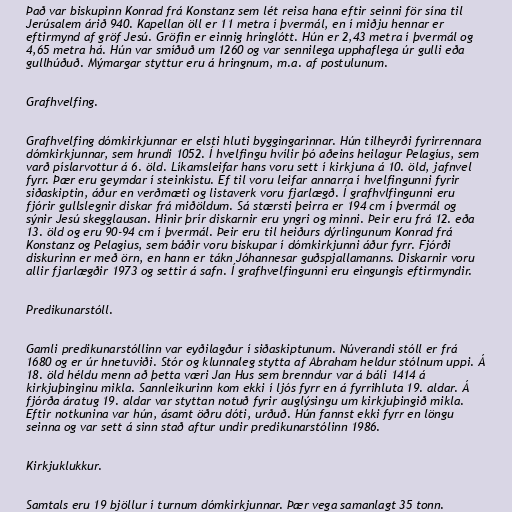
Það var biskupinn Konrad frá Konstanz sem lét reisa hana eftir seinni för sína til
Jerúsalem árið 940. Kapellan öll er 11 metra í þvermál, en í miðju hennar er
eftirmynd af gröf Jesú. Gröfin er einnig hringlótt. Hún er 2,43 metra í þvermál og
4,65 metra há. Hún var smíðuð um 1260 og var sennilega upphaflega úr gulli eða
gullhúðuð. Mýmargar styttur eru á hringnum, m.a. af postulunum.

Grafhvelfing.

Grafhvelfing dómkirkjunnar er elsti hluti byggingarinnar. Hún tilheyrði fyrirrennara
dómkirkjunnar, sem hrundi 1052. Í hvelfingu hvílir þó aðeins heilagur Pelagíus, sem
varð píslarvottur á 6. öld. Líkamsleifar hans voru sett í kirkjuna á 10. öld, jafnvel
fyrr. Þær eru geymdar í steinkistu. Ef til voru leifar annarra í hvelfingunni fyrir
siðaskiptin, áður en verðmæti og listaverk voru fjarlægð. Í grafhvlfingunni eru
fjórir gullslegnir diskar frá miðöldum. Sá stærsti þeirra er 194 cm í þvermál og
sýnir Jesú skegglausan. Hinir þrír diskarnir eru yngri og minni. Þeir eru frá 12. eða
13. öld og eru 90-94 cm í þvermál. Þeir eru til heiðurs dýrlingunum Konrad frá
Konstanz og Pelagius, sem báðir voru biskupar í dómkirkjunni áður fyrr. Fjórði
diskurinn er með örn, en hann er tákn Jóhannesar guðspjallamanns. Diskarnir voru
allir fjarlægðir 1973 og settir á safn. Í grafhvelfingunni eru eingungis eftirmyndir.

Predikunarstóll.

Gamli predikunarstóllinn var eyðilagður í siðaskiptunum. Núverandi stóll er frá
1680 og er úr hnetuviði. Stór og klunnaleg stytta af Abraham heldur stólnum uppi. Á
18. öld héldu menn að þetta væri Jan Hus sem brenndur var á báli 1414 á
kirkjuþinginu mikla. Sannleikurinn kom ekki í ljós fyrr en á fyrrihluta 19. aldar. Á
fjórða áratug 19. aldar var styttan notuð fyrir auglýsingu um kirkjuþingið mikla.
Eftir notkunina var hún, ásamt öðru dóti, urðuð. Hún fannst ekki fyrr en löngu
seinna og var sett á sinn stað aftur undir predikunarstólinn 1986.

Kirkjuklukkur.

Samtals eru 19 bjöllur í turnum dómkirkjunnar. Þær vega samanlagt 35 tonn.